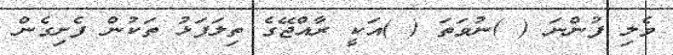
ވެލި ފުންނަ ( )ނުވަތަ ( )އަކީ ރާއްޖޭގެ ތިލަފަޅު ތަކުން ފެށިގެން